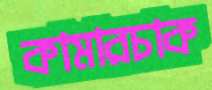
কামারচাক